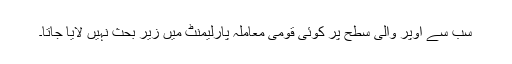
سب سے اوپر والی سطح پر کوئی قومی معاملہ پارلیمنٹ میں زیر بحث نہیں لایا جاتا۔